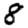
Digit: 8